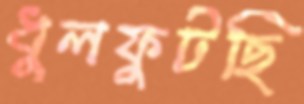
ধুলফুটছি